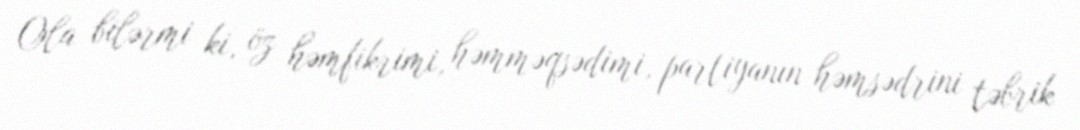
Ola bilərmi ki, öz həmfikrimi, həmməqsədimi, partiyanın həmsədrini təbrik